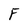
Character: F